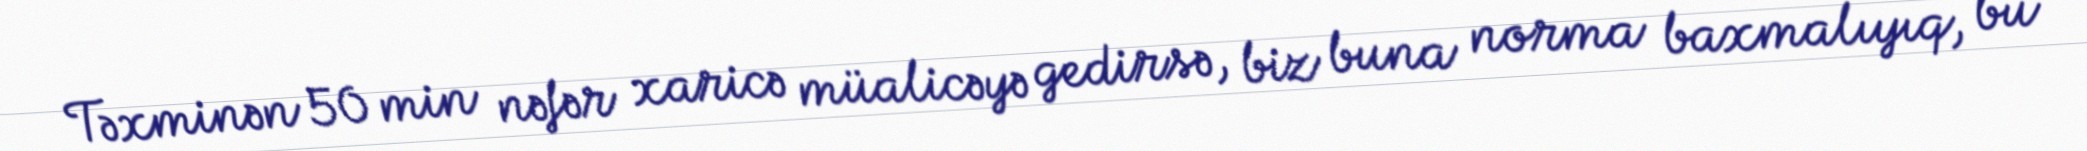
Təxminən 50 min nəfər xaricə müalicəyə gedirsə, biz buna norma baxmalıyıq, bu